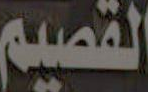
القصيم